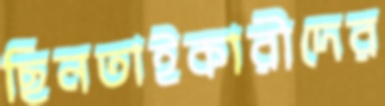
ছিনতাইকারীদের